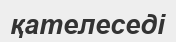
қателеседі